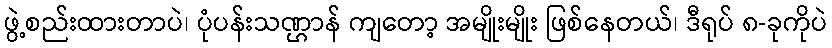
ဖွဲ့စည်းထားတာပဲ၊ ပုံပန်းသဏ္ဌာန် ကျတော့ အမျိုးမျိုး ဖြစ်နေတယ်၊ ဒီရုပ် ၈-ခုကိုပဲ